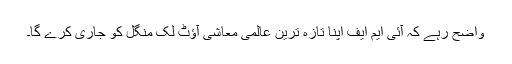
واضح رہے کہ آئی ایم ایف اپنا تازہ ترین عالمی معاشی آؤٹ لک منگل کو جاری کرے گا۔